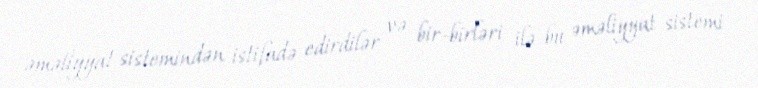
əməliyyat sistemindən istifadə edirdilər və bir-birləri ilə bu əməliyyat sistemi